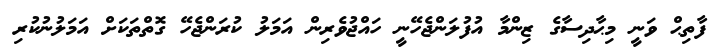
ފާތިޙް ވަނީ މިޙާދިސާގެ ޒިންމާ އުފުލަންޖެހޭނީ ހައްޖުވެރިން އަމަލު ކުރަންޖެހޭ ގޮތްތަކަށް އަމަލުނުކުރި